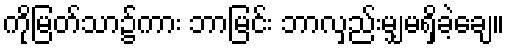
ကိုမြတ်သာ၌ကား ဘာမြင်း ဘာလှည်းမျှမရှိခဲ့ချေ။